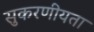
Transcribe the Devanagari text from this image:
सुकरणीयता